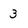
Character: 3